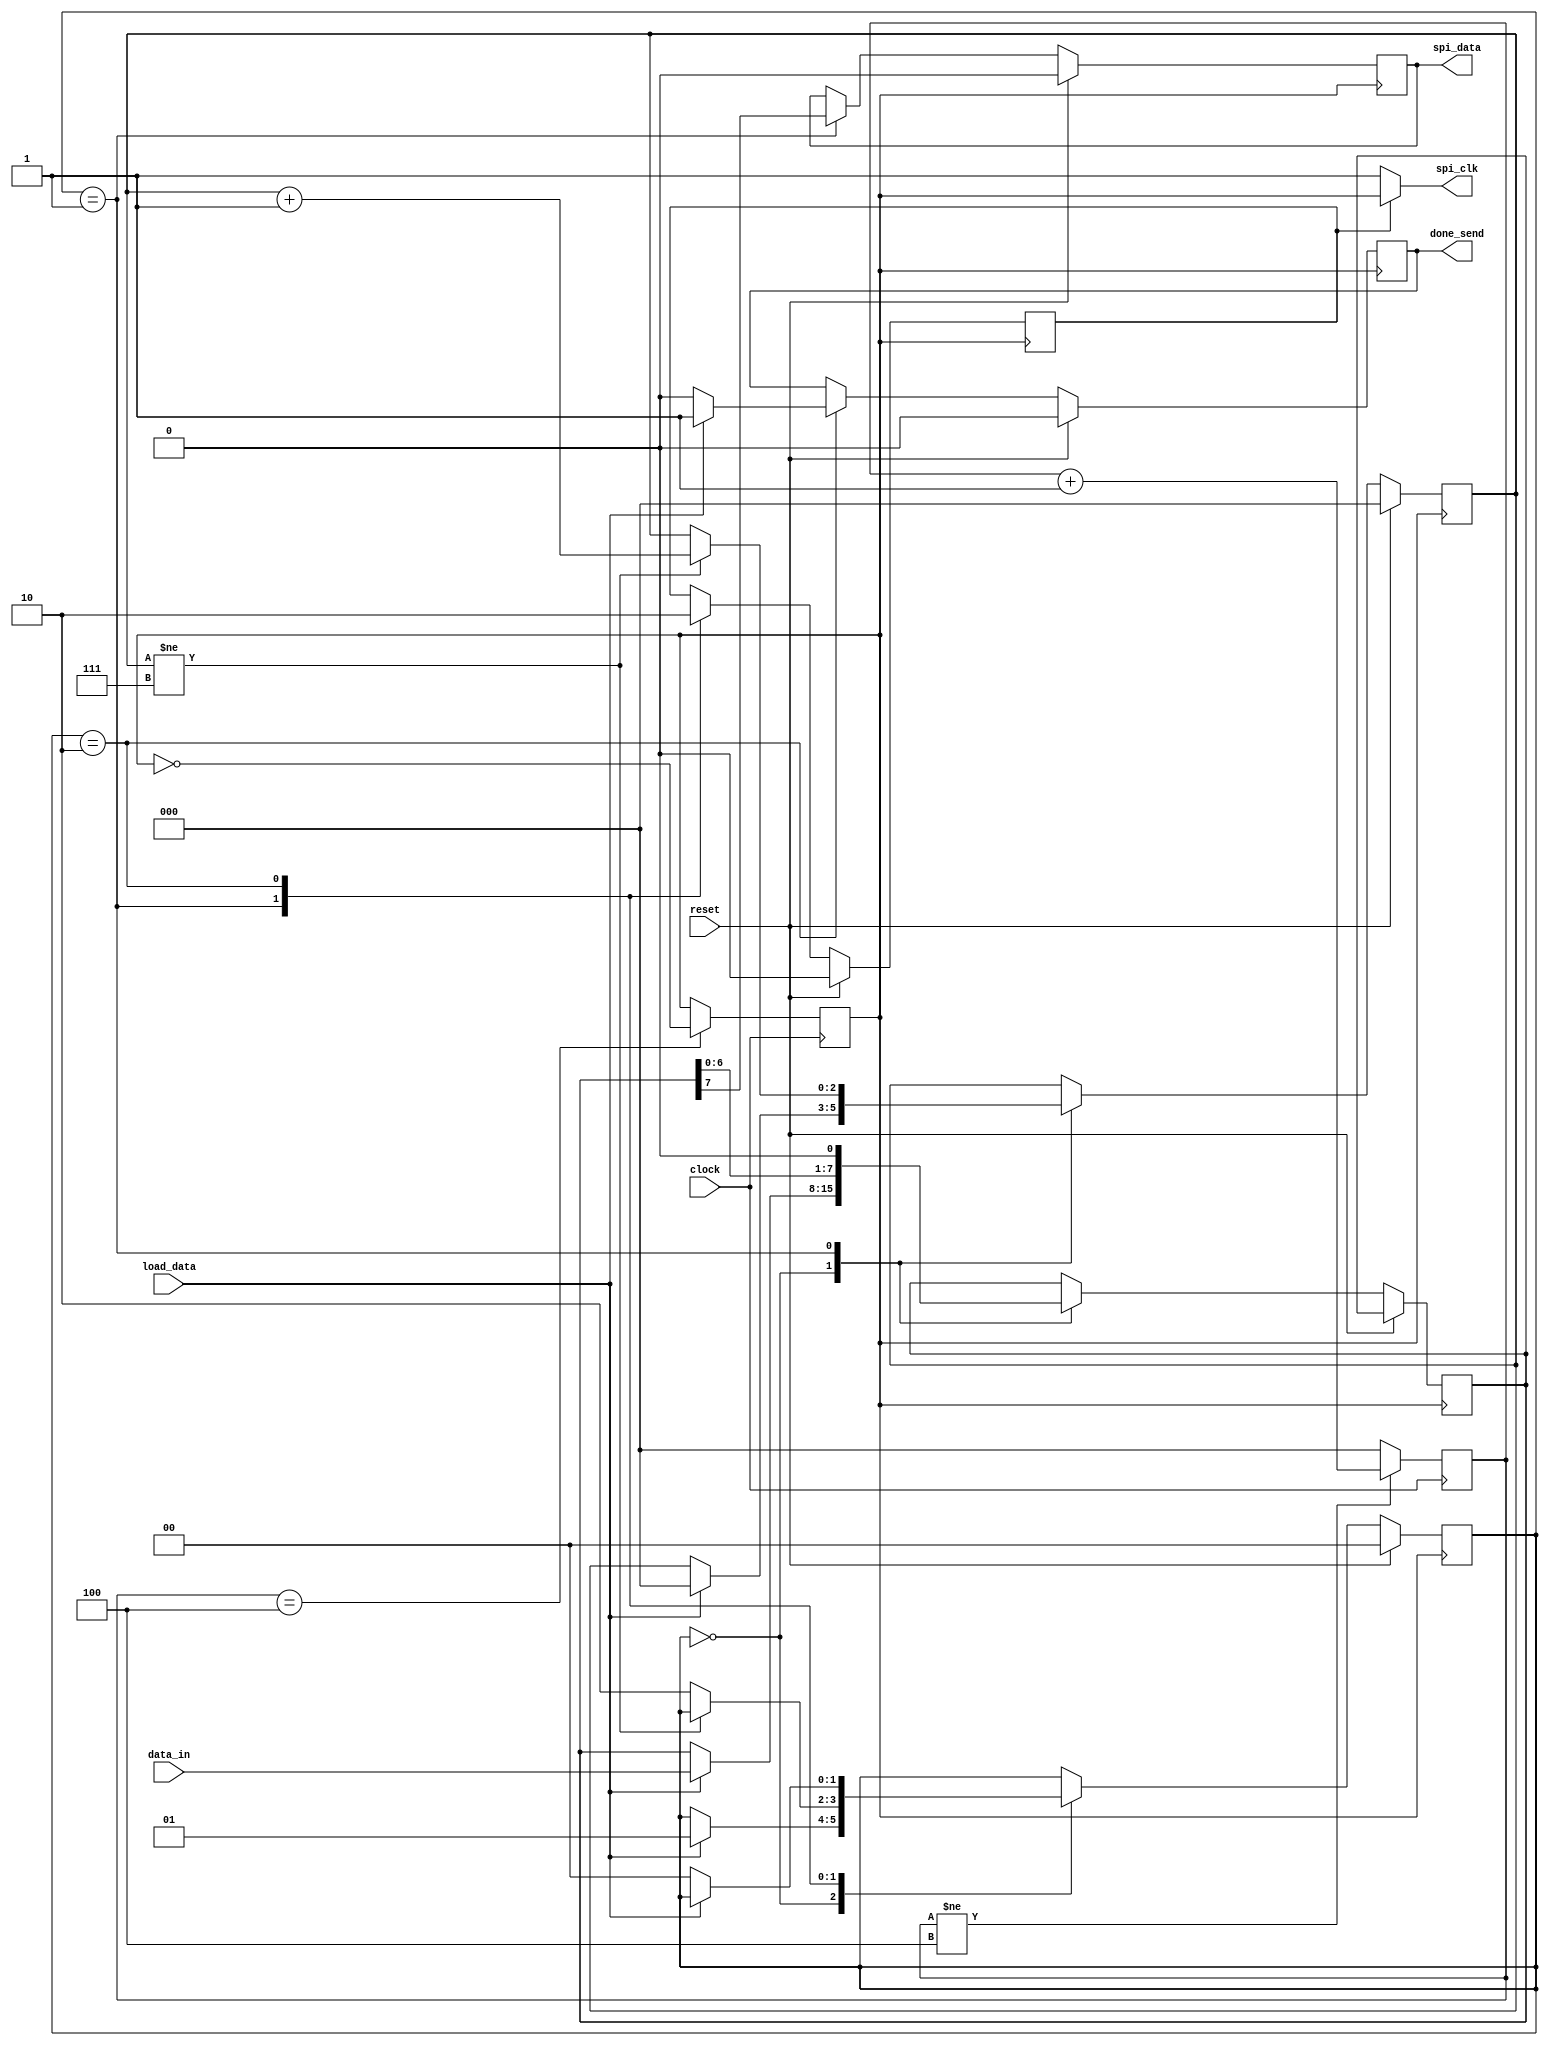
`timescale 1ns / 1ps
//////////////////////////////////////////////////////////////////////////////////
// Company: 
// Engineer: 
// 
// Design Name: 
// Module Name: SpiControll
// Project Name: 
// Target Devices: 
// Tool Versions: 
// Description: 
// 
// Dependencies: 
// 
// Revision:
// Revision 0.01 - File Created
// Additional Comments:
// 
//////////////////////////////////////////////////////////////////////////////////


module SpiControll(
    input clock,
    input [7:0] data_in,
    input reset,
    input load_data,
    output reg done_send,
    output spi_clk,// 10 MHz max  
    output reg spi_data
    
);
    reg [1:0] state;
    reg [2:0] counter=0;
    reg [2:0] data_count;
    reg [7:0] shiftreg;
    reg clock_10;
    reg ce;
    assign spi_clk=(ce==1)?clock_10:1'b1;
    
    always@(posedge clock)
    begin
        if(counter!=4)
        begin
            counter <= counter+1;
        end
        else
            counter <= 0;
    end
    
    initial clock_10<=0;
        
    always@(posedge clock)
    begin
        if(counter==4)
        begin
            clock_10<=~clock_10;
        end
    end
    parameter IDLE= 'd0;
    parameter SEND= 'd1;
    parameter DONE= 'd2;
                
    always@(negedge clock_10)
    begin
        if(reset)
        begin
            state<=IDLE;
            data_count<=0;
            done_send<=1'b0;
            ce<=10;  
            spi_data<=1'b0;
        end
        else
        begin
            case(state)
                IDLE:begin
                    if(load_data)
                    begin
                        shiftreg<=data_in;
                        data_count<=0;
                        state<=SEND;
                    end
                end
                SEND:begin
                    spi_data <= shiftreg[7];
                    shiftreg <= {shiftreg[6:0],1'b0};
                    ce<=1;
                    if(data_count!=7)
                    begin
                        data_count<=data_count+1;
                    end
                    else
                    begin
                        state<=DONE;
                    end
                end
                DONE:begin
                    done_send<=1'b1;
                    ce<=0;
                    if(!load_data)
                    begin
                        done_send<=1'b0;
                        state<=IDLE;
                    end
                end
            endcase
        end
    end
endmodule